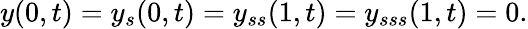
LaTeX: y(0,t)=y_{s}(0,t)=y_{ss}(1,t)=y_{sss}(1,t)=0.